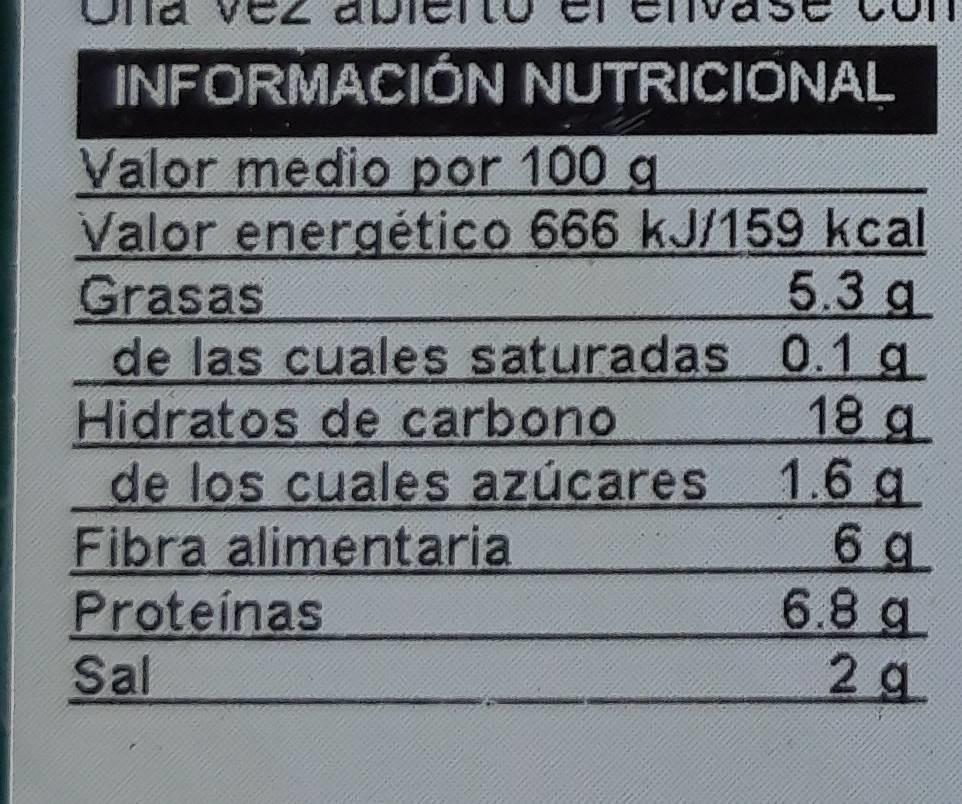
INFORMACIÓN NUTRICIONAL
Valor medio por 100 g Valor energético 666 kJ/159 kcal Grasas de las cuales saturadas 0.1 g Hidratos de carbono de los cuales azúcares Fibra alimentaria Proteinas Sal
5.3 g
18 g. 1.6 g 6 g 6.8 g 2 g